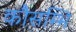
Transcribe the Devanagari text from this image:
कौसम्भि